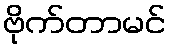
ဗိုက်တာမင်